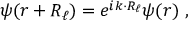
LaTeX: \psi ( { \boldsymbol { r + R _ { \ell } } } ) = e ^ { i { \boldsymbol { k \cdot R _ { \ell } } } } \psi ( { \boldsymbol { r } } ) \ ,